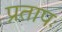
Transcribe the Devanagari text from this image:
प्रतापः